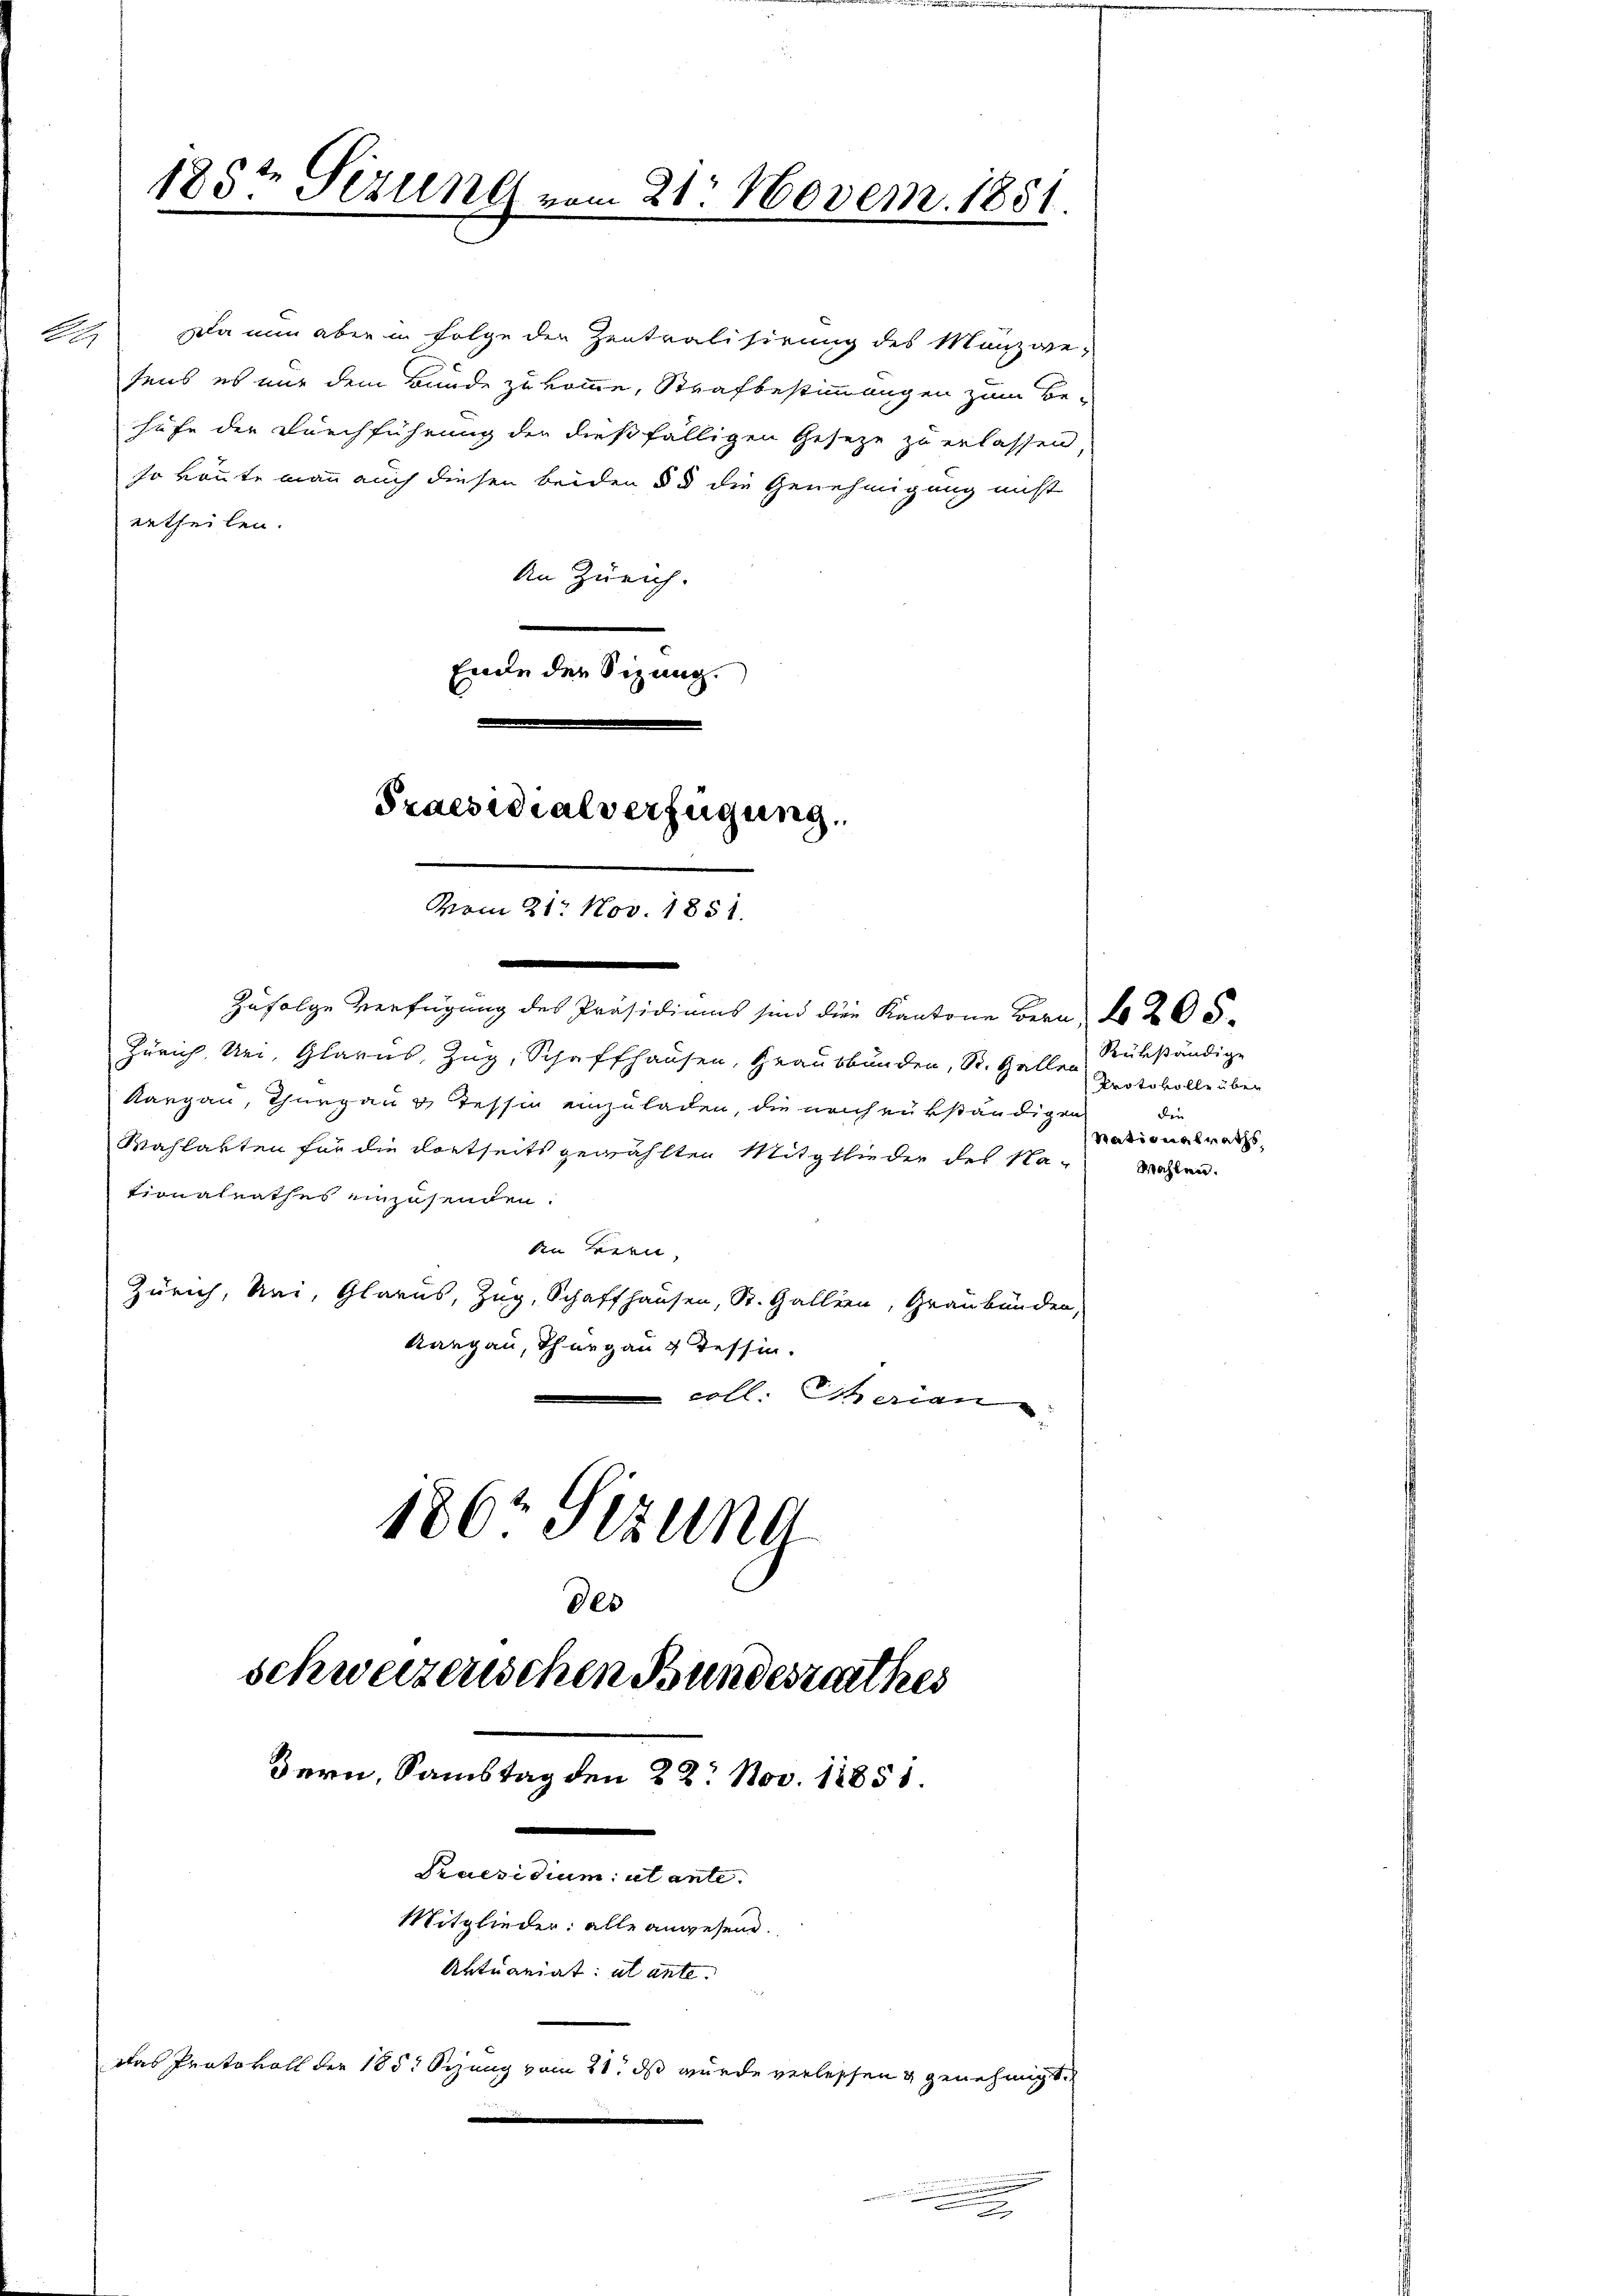
A

185t Sezung vom 21. Novem. 1851.

Da nun aber in Folge den Zentralisirung des Münzwe-
sens es nur dem Bunde zukomme, Strafbestimmungen zum Be-
hufe der Durchführung der dießfälligen Gesetze zu erlassen,
so könnte man auch diesen beiden § 3 die Genehmigung nicht
ertheilen.
An Zürich.
Ende der Sizung.
.
Zufolge Verfügung des Präsidiums sind die Kantone Bern, No 205
Zürich, Uri, Glarus, Zug, Schaffhausen, Graubbunden, St. Gallen
Aargau, Thurgau & Tessin einzuladen, die nach rükständigen
Wahlakten für die dortseits gewählten Mitglieder des Nationalrathes einzusenden.
an Bern,
Zürich, Nei, Glarus, Zug, Schaffhausen, St. Gallien, Graubünden,
Aargau, Thurgau u Tessin.
coll. Eherien
186 Sizung
Der

Praesidialverfügung.
vom 21. Nov. 1851.

schweizerischen Bundesrathes
Bern, Samstag den 28. Nov. 18851.
2
Praesidium ut ante.
Mitglieder: alle anwesene.
Aktuaniat: al ante.
Das Protokoll der 185t Syung vom 21. ds wurde verlassen genehmigt.

.

Rükständige
Protokolle über
den
Rationalraths,
Wahlen.